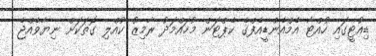
ޑިއުޓީގައި ހުއްޓާ އެމްއެންޑީއެފްގެ ކެޕްޓަން މުހައްމަދު ރާމިޒު ކުއްލި ގޮތަކަށް ނިޔާވެއްޖެ